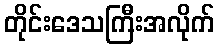
တိုင်းဒေသကြီးအလိုက်